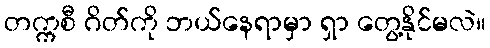
တက္ကစီ ဂိတ်ကို ဘယ်နေရာမှာ ရှာ တွေ့နိုင်မလဲ။